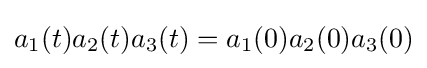
a_{1}(t)a_{2}(t)a_{3}(t)=a_{1}(0)a_{2}(0)a_{3}(0)